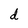
Character: d